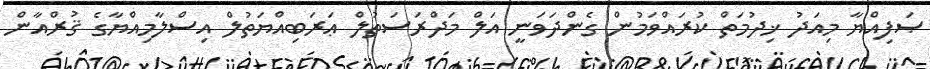
ޞަފިއްޔާ މިއަދު ޚިދުމަތް ކުރައްވަމުން ގެންދަވަނީ އަލް މަދްރަސަތުލް ޢަރަބިއްޔަތުލް އިސްލާމިއްޔާގެ ޤުރްއާން